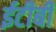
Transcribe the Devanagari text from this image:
ईटीबी